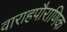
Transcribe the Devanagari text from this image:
वाराहपौराणिक